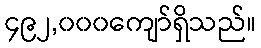
၄၉၂,၀၀၀ကျော်ရှိသည်။